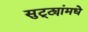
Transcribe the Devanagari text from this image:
सुट्ट्यांमधे